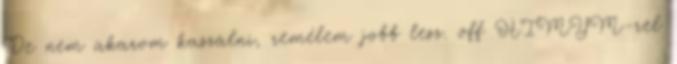
De nem akarom kaszálni, remélem jobb lesz. off HIMYM-rel